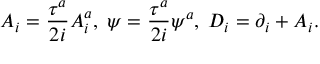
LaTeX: A _ { i } = \frac { \tau ^ { a } } { 2 i } A _ { i } ^ { a } , \; \psi = \frac { \tau ^ { a } } { 2 i } \psi ^ { a } , \; D _ { i } = \partial _ { i } + A _ { i } .